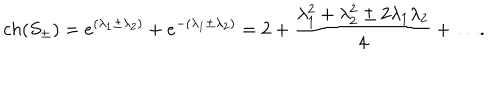
c h ( S _ { \pm } ) = e ^ { ( \lambda _ { 1 } \pm \lambda _ { 2 } ) } + e ^ { - ( \lambda _ { 1 } \pm \lambda _ { 2 } ) } = 2 + { \frac { \lambda _ { 1 } ^ { 2 } + \lambda _ { 2 } ^ { 2 } \pm 2 \lambda _ { 1 } \lambda _ { 2 } } { 4 } } + \dots .